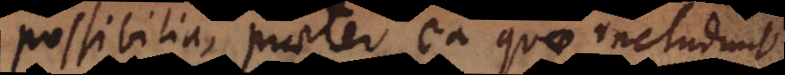
possibilia, praeter ea quae includunt